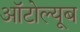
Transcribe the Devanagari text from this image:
ऑटोल्यूब